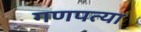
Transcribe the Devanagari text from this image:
गणपत्या